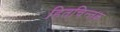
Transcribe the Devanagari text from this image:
हितचिन्तक